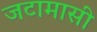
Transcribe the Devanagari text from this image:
जटामासी